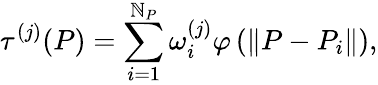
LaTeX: \tau^{(j)}(P)=\sum_{i=1}^{\mathbb{N}_{P}}\omega_{i}^{(j)}\varphi\left(\left\| P-P_{i}\right\| \right),